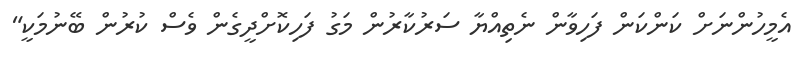
އެމީހުންނަށް ކަންކަން ފަހިވާން ނެތިއްޔާ ސަރުކާރުން މަގު ފަހިކޮށްދީގެން ވެސް ކުރުން ބޭނުމަކީ"